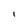
Character: i